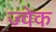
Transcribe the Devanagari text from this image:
ज्वेक